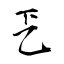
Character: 乤